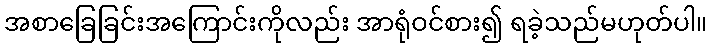
အစာခြေခြင်းအကြောင်းကိုလည်း အာရုံဝင်စား၍ ရခဲ့သည်မဟုတ်ပါ။